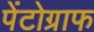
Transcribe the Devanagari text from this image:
पेंटोग्राफ